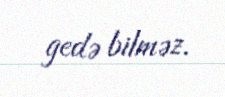
gedə bilməz.